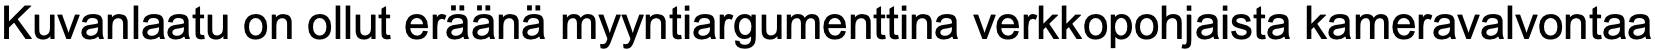
Kuvanlaatu on ollut eräänä myyntiargumenttina verkkopohjaista kameravalvontaa